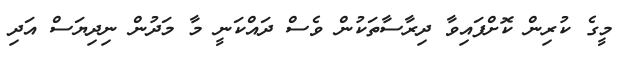
މީގެ ކުރިން ކޮށްފައިވާ ދިރާސާތަކުން ވެސް ދައްކަނީ މާ މަދުން ނިދިޔަސް އަދި